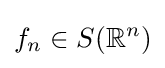
f_{n}\in S(\mathbb {R} ^{n})